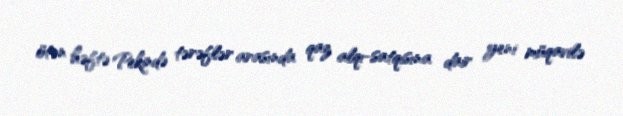
ötən həftə Pekində tərəflər arasında qaz alqı-satqısına dair yeni müqavilə